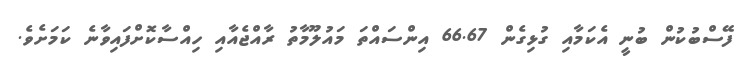
ފޭސްބުކުން ބުނީ އެކަމާއި ގުޅިގެން 66.67 އިންސައްތަ މައުލޫމާތު ރާއްޖެއާއި ހިއްސާކޮށްފައިވާނެ ކަމަށެވެ.